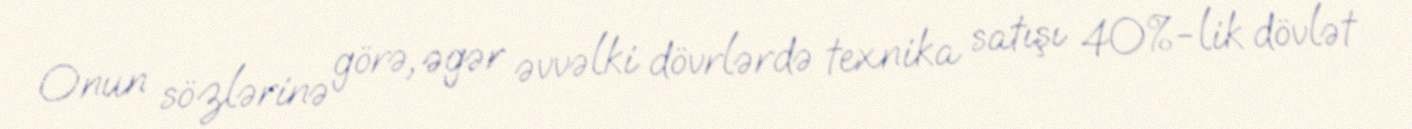
Onun sözlərinə görə, əgər əvvəlki dövrlərdə texnika satışı 40%-lik dövlət